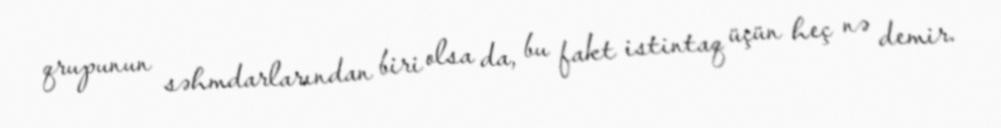
qrupunun səhmdarlarından biri olsa da, bu fakt istintaq üçün heç nə demir.